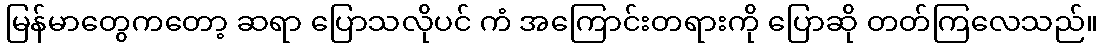
မြန်မာတွေကတော့ ဆရာ ပြောသလိုပင် ကံ အကြောင်းတရားကို ပြောဆို တတ်ကြလေသည်။